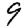
Digit: 9